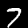
Digit: 7